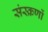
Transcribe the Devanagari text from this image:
संस्क्रणों